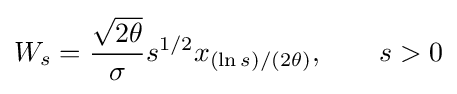
W_{s}={\frac {\sqrt {2\theta }}{\sigma }}s^{1/2}x_{(\ln s)/(2\theta )},\qquad s>0